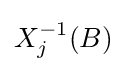
X_{j}^{-1}(B)